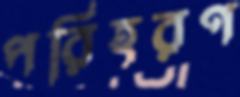
পরিহরণ